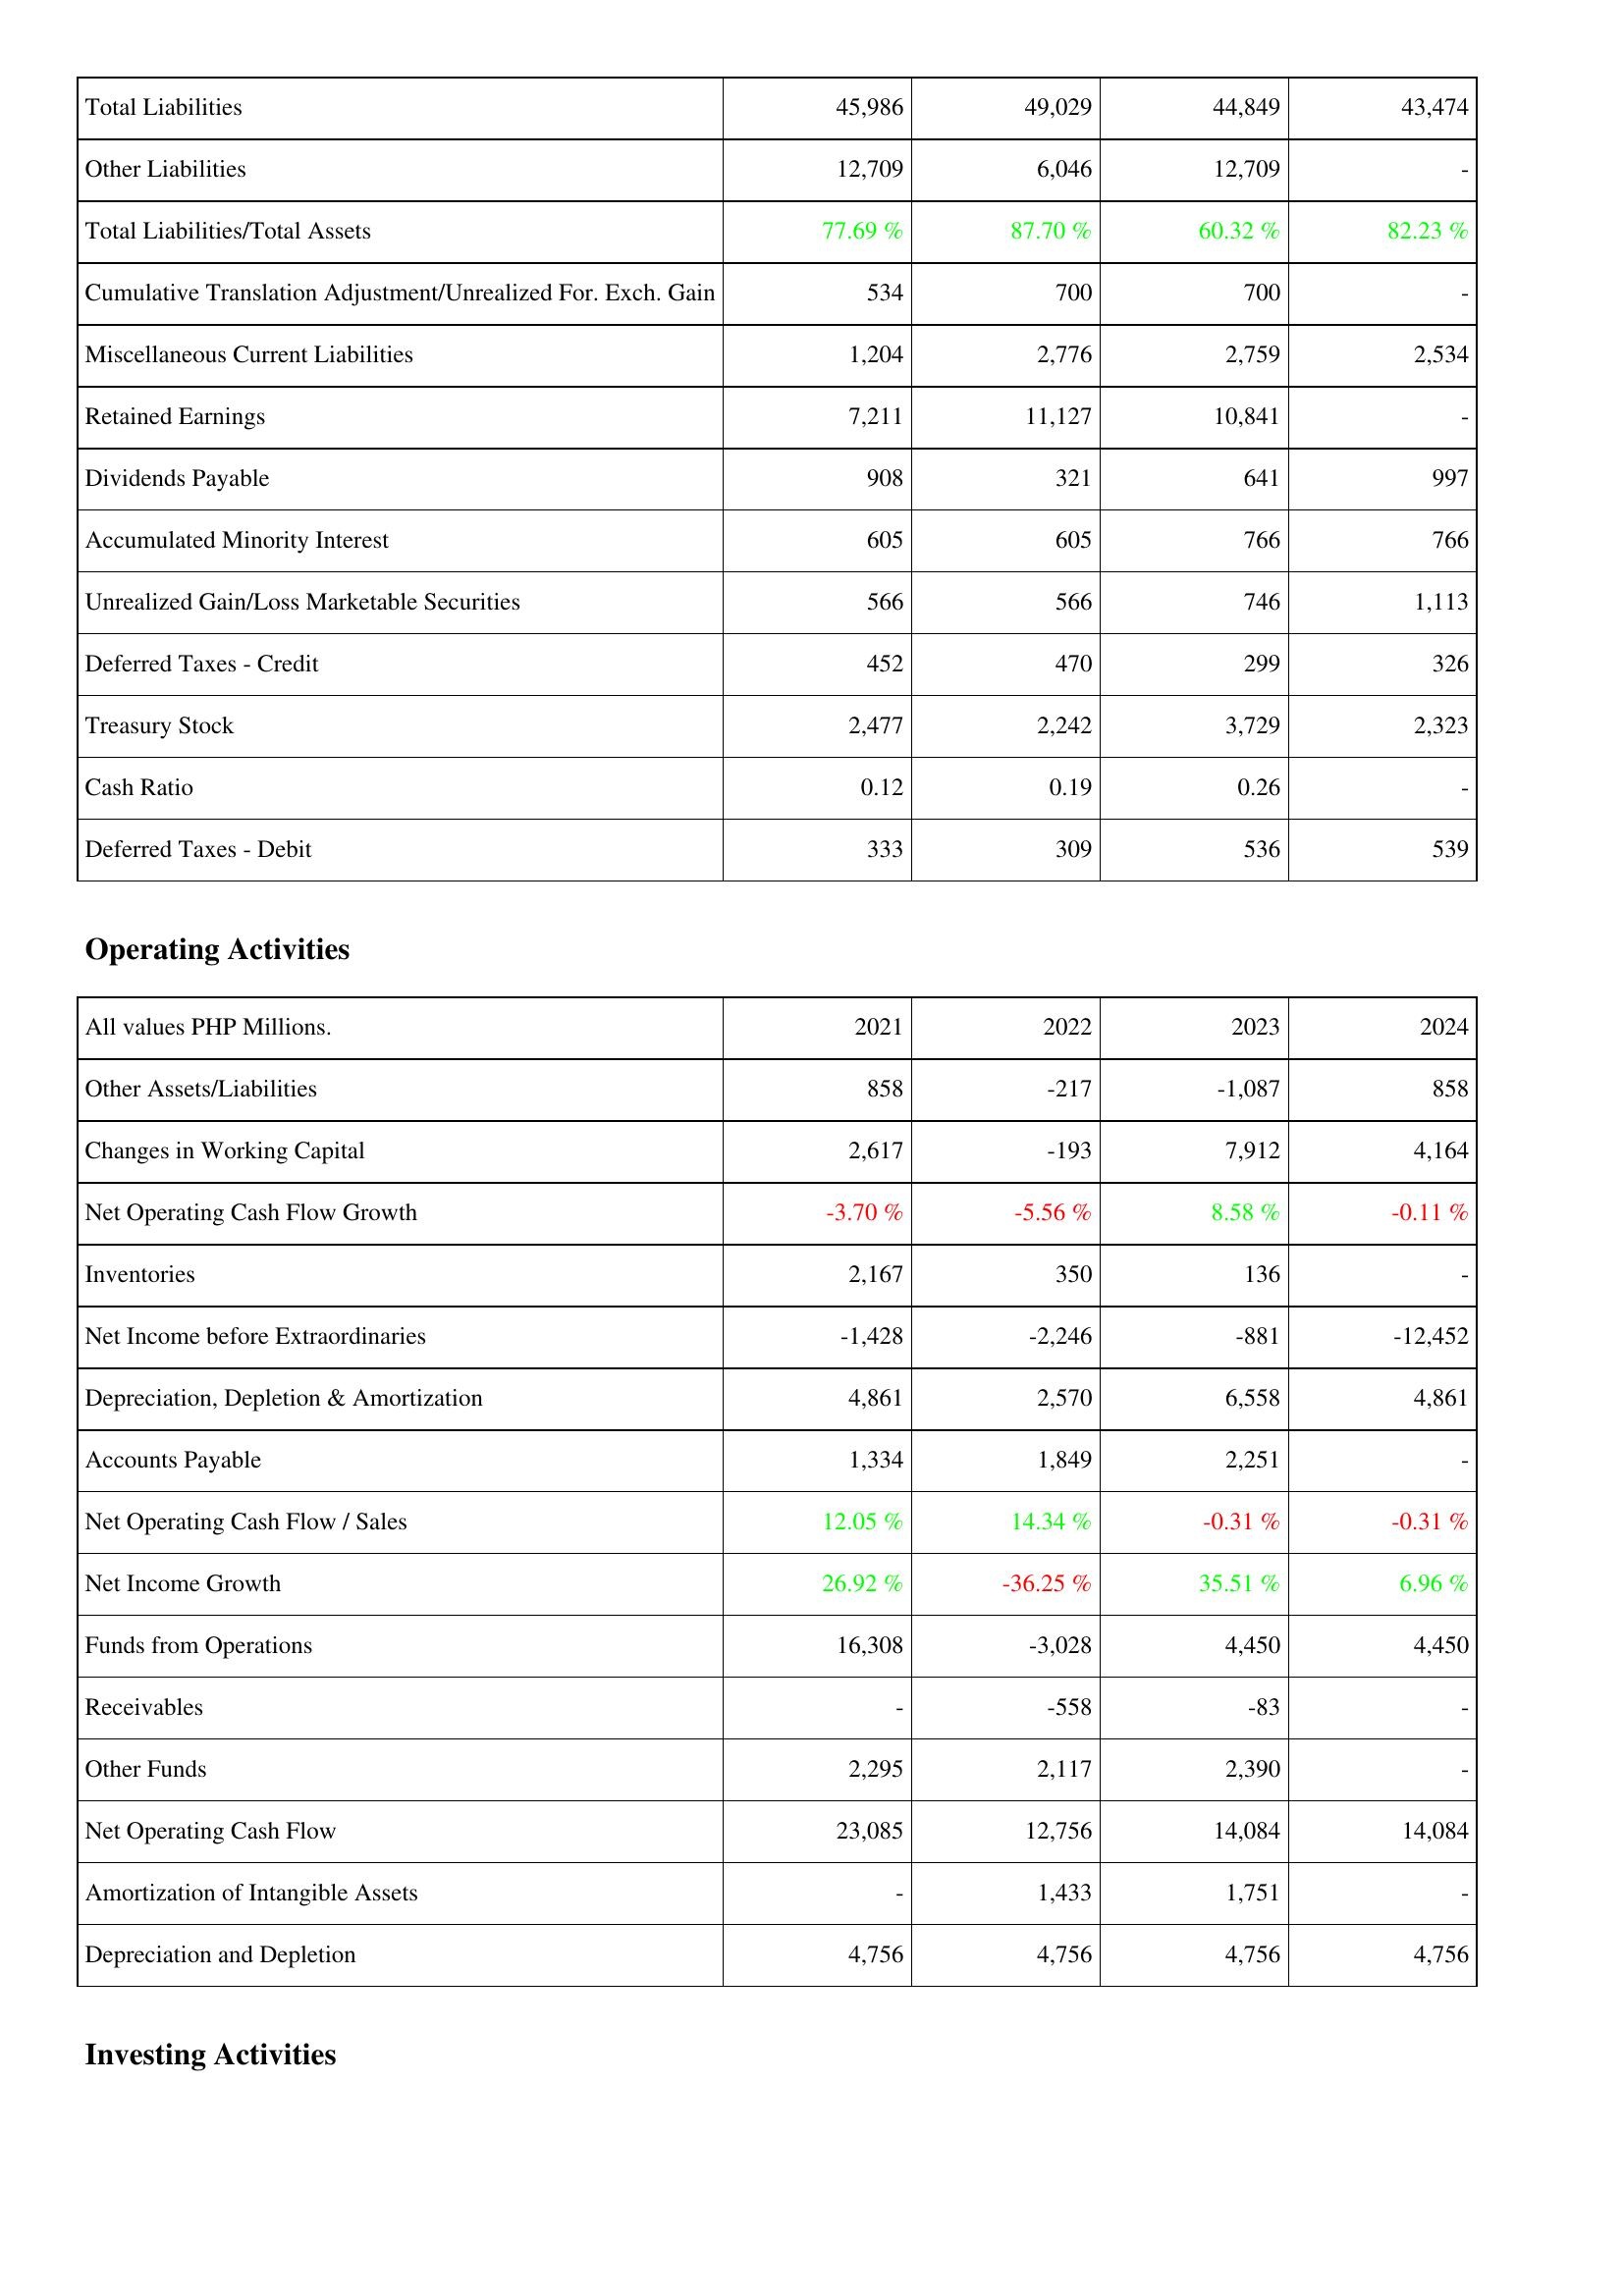
2021: Liabilities & Shareholders' Equity: Total Liabilities: 45,986
Other Liabilities: 12,709
Total Liabilities/Total Assets: 77.69 %
Cumulative Translation Adjustment/Unrealized For. Exch. Gain: 534
Miscellaneous Current Liabilities: 1,204
Retained Earnings: 7,211
Dividends Payable: 908
Accumulated Minority Interest: 605
Unrealized Gain/Loss Marketable Securities: 566
Deferred Taxes - Credit: 452
Treasury Stock: 2,477
Cash Ratio: 0.12
Deferred Taxes - Debit: 333
Operating Activities: Other Assets/Liabilities: 858
Changes in Working Capital: 2,617
Net Operating Cash Flow Growth: -3.70 %
Inventories: 2,167
Net Income before Extraordinaries: -1,428
Depreciation, Depletion & Amortization: 4,861
Accounts Payable: 1,334
Net Operating Cash Flow / Sales: 12.05 %
Net Income Growth: 26.92 %
Funds from Operations: 16,308
Receivables: -
Other Funds: 2,295
Net Operating Cash Flow: 23,085
Amortization of Intangible Assets: -
Depreciation and Depletion: 4,756
2022: Liabilities & Shareholders' Equity: Total Liabilities: 49,029
Other Liabilities: 6,046
Total Liabilities/Total Assets: 87.70 %
Cumulative Translation Adjustment/Unrealized For. Exch. Gain: 700
Miscellaneous Current Liabilities: 2,776
Retained Earnings: 11,127
Dividends Payable: 321
Accumulated Minority Interest: 605
Unrealized Gain/Loss Marketable Securities: 566
Deferred Taxes - Credit: 470
Treasury Stock: 2,242
Cash Ratio: 0.19
Deferred Taxes - Debit: 309
Operating Activities: Other Assets/Liabilities: -217
Changes in Working Capital: -193
Net Operating Cash Flow Growth: -5.56 %
Inventories: 350
Net Income before Extraordinaries: -2,246
Depreciation, Depletion & Amortization: 2,570
Accounts Payable: 1,849
Net Operating Cash Flow / Sales: 14.34 %
Net Income Growth: -36.25 %
Funds from Operations: -3,028
Receivables: -558
Other Funds: 2,117
Net Operating Cash Flow: 12,756
Amortization of Intangible Assets: 1,433
Depreciation and Depletion: 4,756
2023: Liabilities & Shareholders' Equity: Total Liabilities: 44,849
Other Liabilities: 12,709
Total Liabilities/Total Assets: 60.32 %
Cumulative Translation Adjustment/Unrealized For. Exch. Gain: 700
Miscellaneous Current Liabilities: 2,759
Retained Earnings: 10,841
Dividends Payable: 641
Accumulated Minority Interest: 766
Unrealized Gain/Loss Marketable Securities: 746
Deferred Taxes - Credit: 299
Treasury Stock: 3,729
Cash Ratio: 0.26
Deferred Taxes - Debit: 536
Operating Activities: Other Assets/Liabilities: -1,087
Changes in Working Capital: 7,912
Net Operating Cash Flow Growth: 8.58 %
Inventories: 136
Net Income before Extraordinaries: -881
Depreciation, Depletion & Amortization: 6,558
Accounts Payable: 2,251
Net Operating Cash Flow / Sales: -0.31 %
Net Income Growth: 35.51 %
Funds from Operations: 4,450
Receivables: -83
Other Funds: 2,390
Net Operating Cash Flow: 14,084
Amortization of Intangible Assets: 1,751
Depreciation and Depletion: 4,756
2024: Liabilities & Shareholders' Equity: Total Liabilities: 43,474
Other Liabilities: -
Total Liabilities/Total Assets: 82.23 %
Cumulative Translation Adjustment/Unrealized For. Exch. Gain: -
Miscellaneous Current Liabilities: 2,534
Retained Earnings: -
Dividends Payable: 997
Accumulated Minority Interest: 766
Unrealized Gain/Loss Marketable Securities: 1,113
Deferred Taxes - Credit: 326
Treasury Stock: 2,323
Cash Ratio: -
Deferred Taxes - Debit: 539
Operating Activities: Other Assets/Liabilities: 858
Changes in Working Capital: 4,164
Net Operating Cash Flow Growth: -0.11 %
Inventories: -
Net Income before Extraordinaries: -12,452
Depreciation, Depletion & Amortization: 4,861
Accounts Payable: -
Net Operating Cash Flow / Sales: -0.31 %
Net Income Growth: 6.96 %
Funds from Operations: 4,450
Receivables: -
Other Funds: -
Net Operating Cash Flow: 14,084
Amortization of Intangible Assets: -
Depreciation and Depletion: 4,756